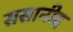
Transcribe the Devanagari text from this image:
ससानीद